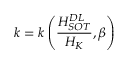
k = k \left( \frac { H _ { S O T } ^ { D L } } { H _ { K } } , \beta \right)